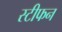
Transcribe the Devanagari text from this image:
स्‍टीफन